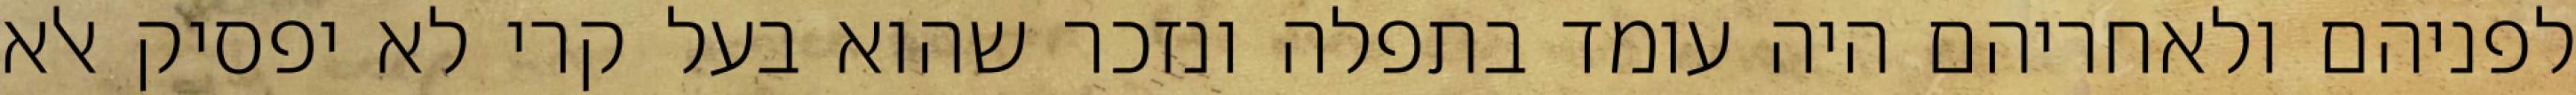
לפניהם ולאחריהם היה עומד בתפלה ונזכר שהוא בעל קרי לא יפסיק אלא